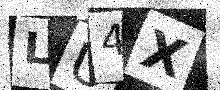
Text: LU4X